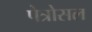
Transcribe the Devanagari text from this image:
पेत्रोसल